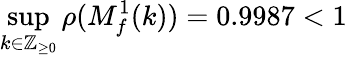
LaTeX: \operatorname*{sup}_{k\in\mathbb{Z}_{\geq 0}}\rho(M_{f}^{1}(k))=0.9987<1